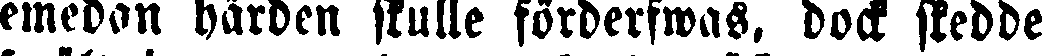
emedan härden skulle förderfwas, dock skedde